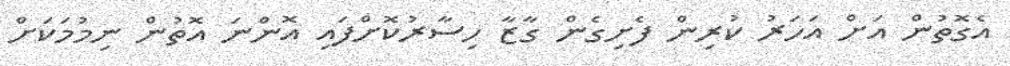
އެގޮތުން އަށް އަހަރު ކުރިން ފެށިގެން ގާޒާ ހިސާރުކޮށްފައި އޮންނަ އޮތުން ނިމުމަކަށް